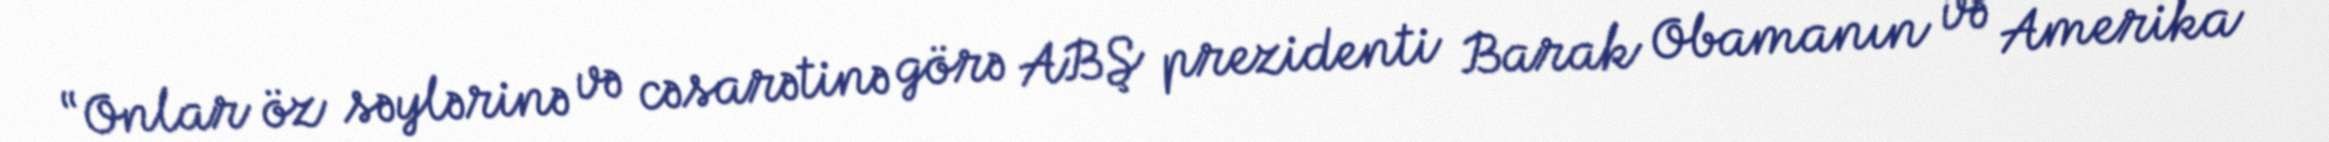
“Onlar öz səylərinə və cəsarətinə görə ABŞ prezidenti Barak Obamanın və Amerika